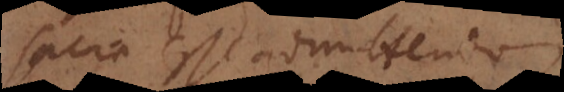
sacra esse admittendam.